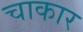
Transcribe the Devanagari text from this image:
चाकार